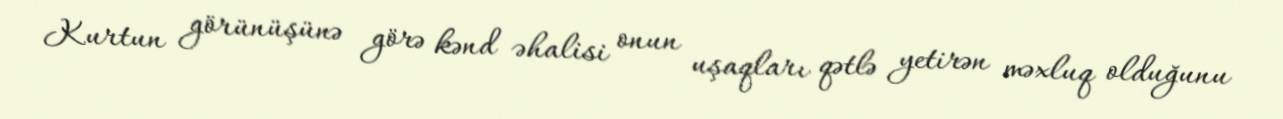
Kurtun görünüşünə görə kənd əhalisi onun uşaqları qətlə yetirən məxluq olduğunu